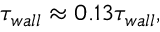
\tau _ { w a l l } \approx 0 . 1 3 \tau _ { w a l l } ,